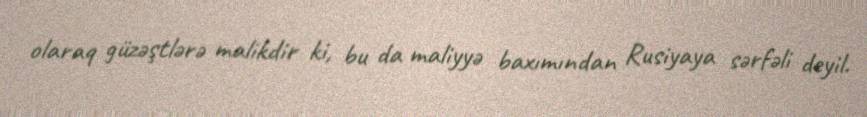
olaraq güzəştlərə malikdir ki, bu da maliyyə baxımından Rusiyaya sərfəli deyil.